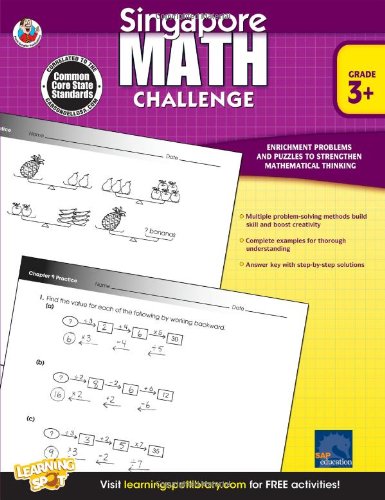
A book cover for Singapore Math Challenge, Grades 3 - 5; Children's Books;